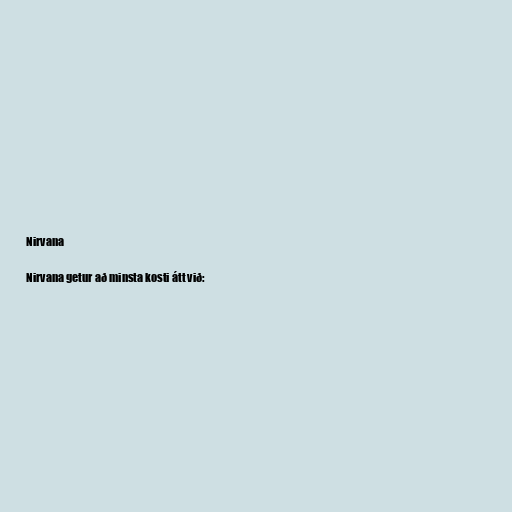
Nirvana

Nirvana getur að minsta kosti átt við: